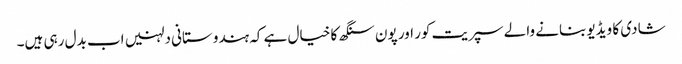
شادی کا ویڈیو بنانے والے سپریت کور اور پون سنگھ کا خیال ہے کہ ہندوستانی دلہنیں اب بدل رہی ہیں۔